Report of the Imperial Institute of Veterinary Research, Muktesar
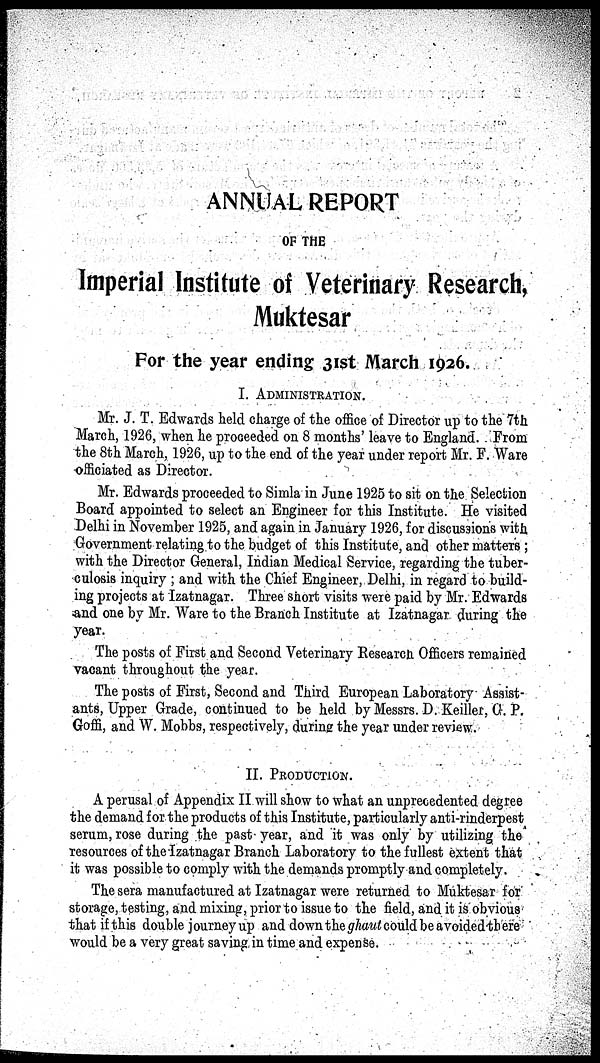
ANNUAL REPORT
OF THE
Imperial Institute of Veterinary Research,
Muktesar
For the year ending 31st March 1926.
I. ADMINISTRATION.
Mr. J. T. Edwards held charge of the office of Director up to the 7th
March, 1926, when he proceeded on 8 months' leave to England. From
the 8th March, 1926, up to the end of the year under report Mr. F. Ware
officiated as Director.
Mr. Edwards proceeded to Simla in June 1925 to sit on the Selection
Board appointed to select an Engineer for this Institute. He visited
Delhi in November 1925, and again in January 1926, for discussions with
Government relating to the budget of this Institute, and other matters ;
with the Director General, Indian Medical Service, regarding the tuber-
culosis inquiry ; and with the Chief Engineer, Delhi, in regard to build-
ing projects at Izatnagar. Three short visits were paid by Mr. Edwards
and one by Mr. Ware to the Branch Institute at Izatnagar. during the
year.
The posts of First and Second Veterinary Research Officers remained
vacant throughout the year.
The posts of First, Second and Third European Laboratory Assist-
ants, Upper Grade, continued to be held by Messrs. D. Keiller, G. P.
Goffi, and W. Mobbs, respectively, during the year under review.
II. PRODUCTION.
A perusal of Appendix II will show to what an unprecedented degree
the demand for the products of this Institute, particularly anti-rinderpest
serum, rose during the past year, and it was only by utilizing the
resources of the Izatnagar Branch Laboratory to the fullest extent that
it was possible to comply with the demands promptly and completely.
The sera manufactured at Izatnagar were returned to Muktesar for
storage, testing, and mixing, prior to issue to the field, and it is obvious
that if this double journey up and down the ghaut could be avoided there
would be a very great saving in time and expense.